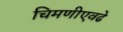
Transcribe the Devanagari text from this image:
चिमणीएवढे